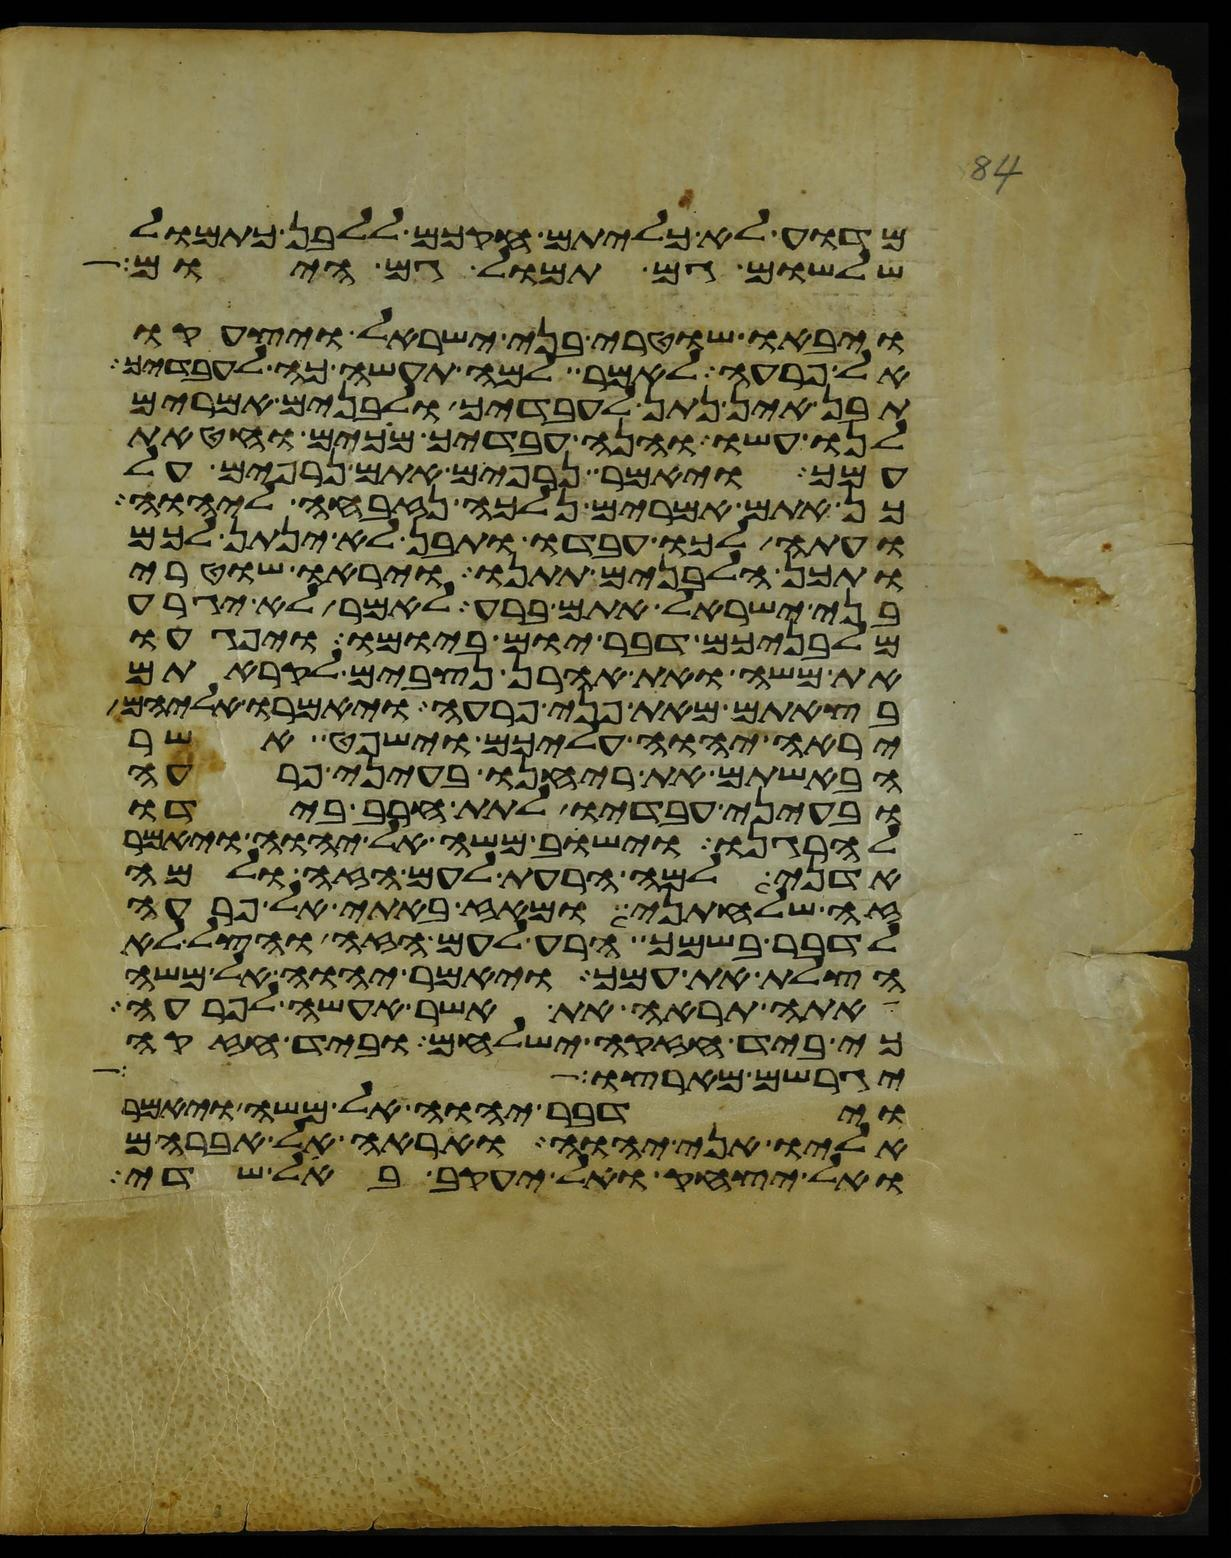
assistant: מדוע לא כליתם חקכם ללבן כתמול
שלשום גם תמול גם היום
ויבאו שוטרי בני ישראל ויצעקו
אל פרעה לאמר למה תעשה כה לעבדיך
תבן אין נתן לעבדיך ולבנים אמרים
לנו עשו והנה עבדיך מכים וחטאת
עמך ויאמר נרפים אתם נרפים על
כן אתם אמרים נלכה נזבחה ליהוה
ועתה לכו עבדו ותבן לא ינתן לכם
ותכן הלבנים תתנו ויראו שוטרי
בני ישראל אתם ברע לאמר לא יגרע
מלבניכם דבר יום ביומו ויפגעו
את משה ואת אהרן נצבים לקראתם
בצאתם מאת פני פרעה ויאמרו אליהם
יראה יהוה עליכם וישפט אשר
הבאשתם את ריחנו בעיני פרעה
ובעיני עבדיו לתת חרב בידו
להרגנו וישב משה אל יהוה ויאמר
אדני למה הרעת לעם הזה ולמה
זה שלחתני ומאז באתי אל פרעה
לדבר בשמך הרע לעם הזה והצל לא
הצלת את עמך ויאמר יהוה אל משה
אתה תראה את אשר אעשה לפרעה
כי ביד חזקה ישלחם וביד חזקה
יגרשם מארצו
וידבר יהוה אל משה ויאמר
אליו אני יהוה ואראה אל אברהם
ואל יצחק ואל יעקב באל שדי